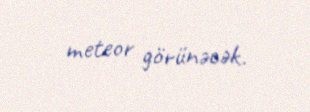
meteor görünəcək.